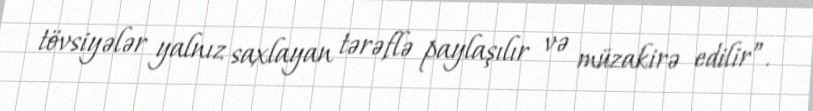
tövsiyələr yalnız saxlayan tərəflə paylaşılır və müzakirə edilir”.